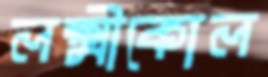
লক্ষ্মীকোল